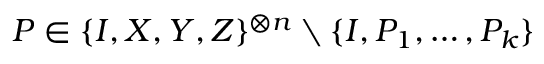
P \in \{ I , X , Y , Z \} ^ { \otimes n } \setminus \{ I , P _ { 1 } , \ldots , P _ { k } \}